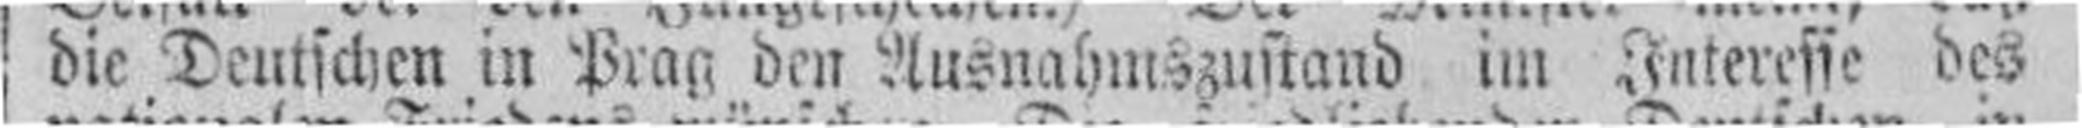
die Deutschen in Prag den Ausnahmszustand im Interesse des